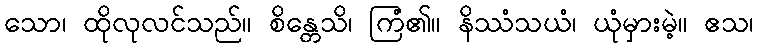
သော၊ ထိုလုလင်သည်။ စိန္တေသိ၊ ကြံ၏။ နိဿံသယံ၊ ယုံမှားမဲ့။ ဧသ၊